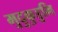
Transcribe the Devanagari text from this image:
मुदुकुडुभि